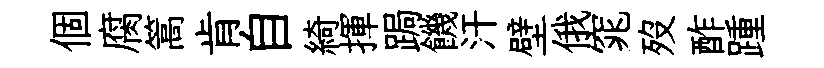
個腐篙肯自綺揮跼饑汗壁俄窕歿酢踵